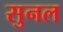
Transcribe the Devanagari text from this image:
सुनल